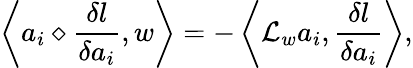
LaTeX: \left\langle a_{i}\diamond\frac{\delta l}{\delta a_{i}},w\right\rangle=-\left\langle\mathcal{L}_{w}a_{i},\frac{\delta l}{\delta a_{i}}\right\rangle,